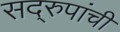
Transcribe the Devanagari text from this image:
सद्‌रुपांची